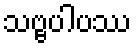
သဗ္ဗပါပဿ